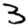
Digit: 3